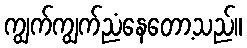
ကျွက်ကျွက်ညံနေတော့သည်။